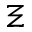
\Xi